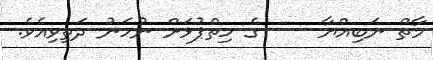
މާތް ނަބިއްޔާ     ގެ ހިތްޕުޅަށް ނުހަނު ދަތިވިއެވެ.